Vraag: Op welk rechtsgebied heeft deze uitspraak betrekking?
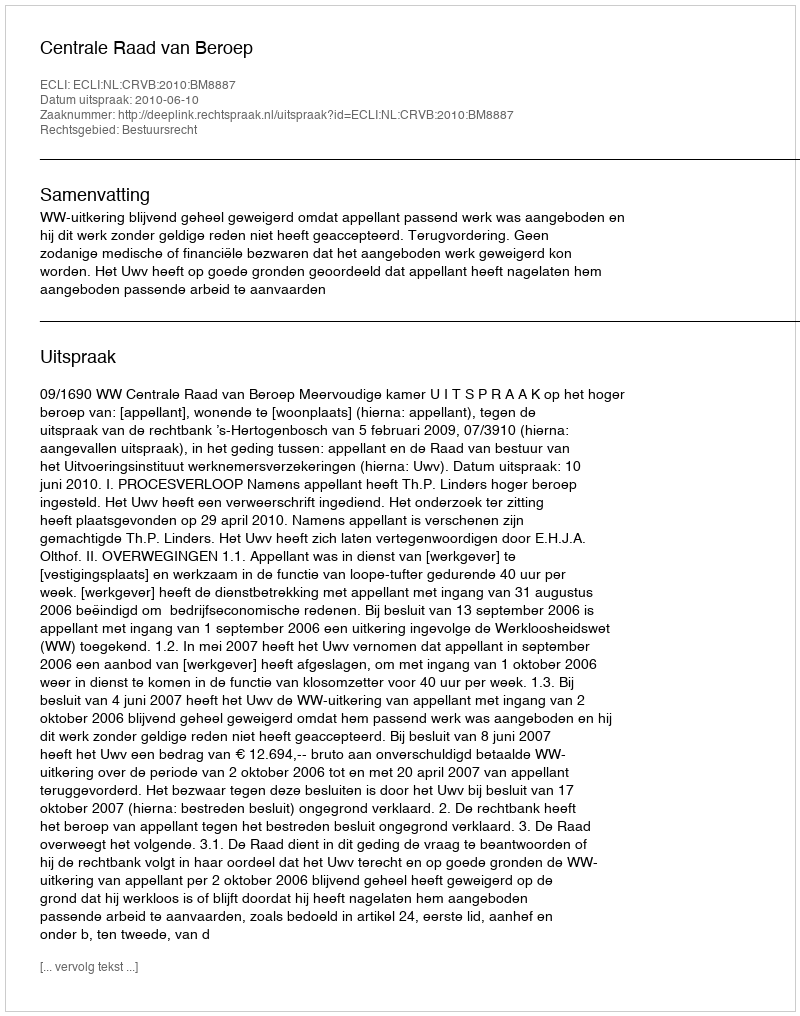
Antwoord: Bestuursrecht